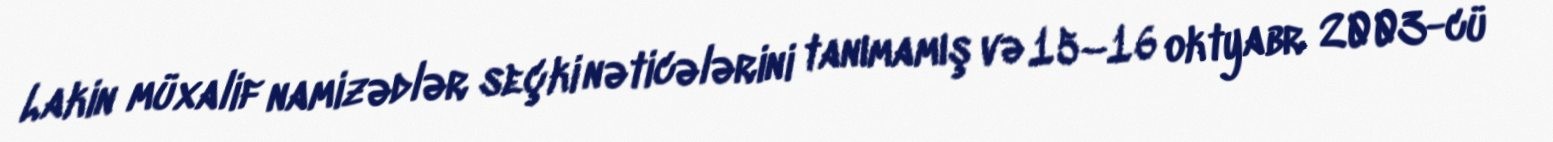
Lakin müxalif namizədlər seçki nəticələrini tanımamış və 15–16 oktyabr 2003-cü